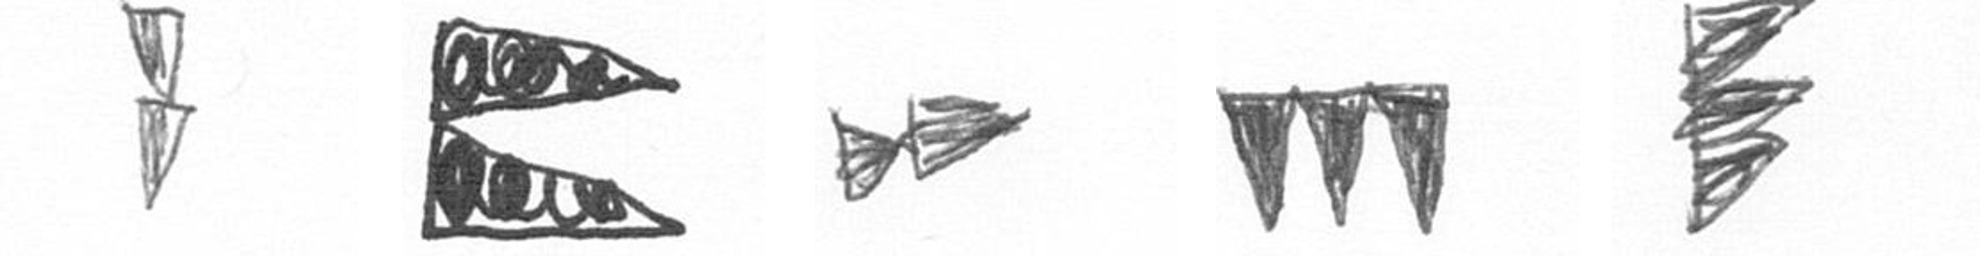
Z P A L H